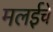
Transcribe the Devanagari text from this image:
मलईचे